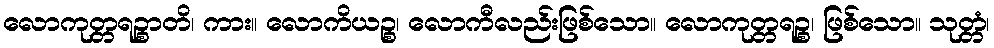
လောကုတ္တရဉ္စာတိ၊ ကား။ လောကိယဉ္စ၊ လောကီလည်းဖြစ်သော။ လောကုတ္တရဉ္စ၊ ဖြစ်သော။ သုတ္တံ၊